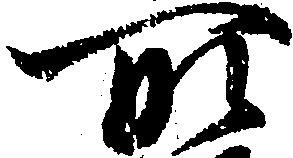
所